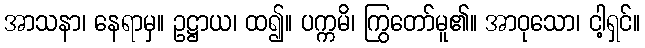
အာသနာ၊ နေရာမှ။ ဥဋ္ဌာယ၊ ထ၍။ ပက္ကမိ၊ ကြွတော်မူ၏။ အာဝုသော၊ ငါ့ရှင်။